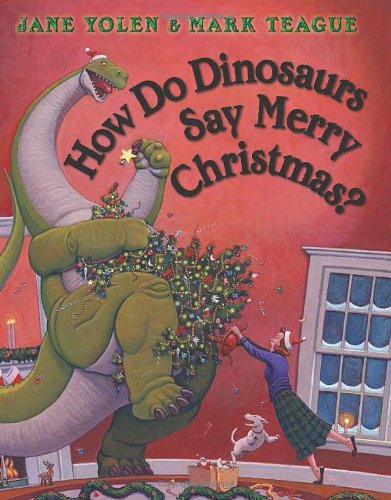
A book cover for How Do Dinosaurs Say Merry Christmas?; Jane Yolen; Children's Books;